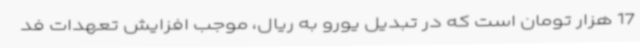
17 هزار تومان است که در تبدیل یورو به ریال، موجب افزایش تعهدات فد